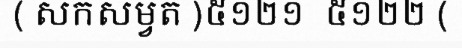
( សកសម្វត )៥១២១  ៥១២២ (